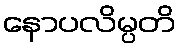
နောပလိမ္ပတိ